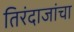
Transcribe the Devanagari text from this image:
तिरंदाजांचा